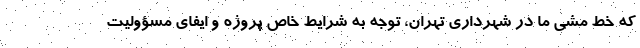
که خط مشی ما در شهرداری تهران، توجه به شرایط خاص پروژه و ایفای مسؤولیت